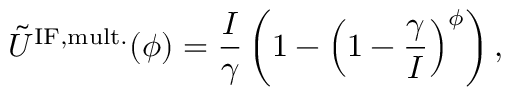
\tilde { U } ^ { \mathrm { I F , m u l t . } } ( \phi ) = \frac { I } { \gamma } \left( 1 - \left( 1 - \frac { \gamma } { I } \right) ^ { \phi } \right) ,